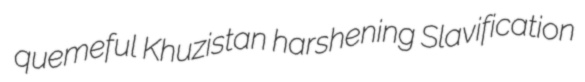
quemeful Khuzistan harshening Slavification